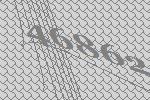
46862